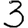
Digit: 3